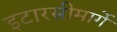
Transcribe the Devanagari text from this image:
इटारसीमार्गे